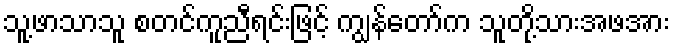
သူ့ဖာသာသူ စတင်ကူညီရင်းဖြင့် ကျွန်တော်က သူတို့သားအဖအား